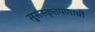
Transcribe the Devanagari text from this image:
सुसंस्कृतपणाची